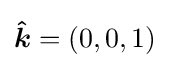
{\boldsymbol {\hat {k}}}=(0,0,1)